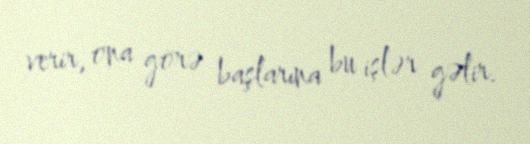
verir, ona görə başlarına bu işlər gəlir.